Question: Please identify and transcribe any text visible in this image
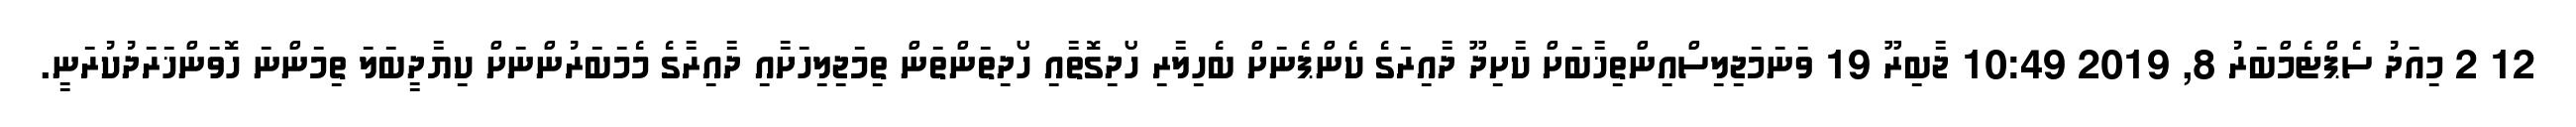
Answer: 12 2 މިއަދު ސެޕްޓެމްބަރު 8, 2019 10:49 ޖާބިރޫ 19 ވަނަމަޖިލިސްއިންތިޚާބަށް ކާށިދޫ ދާއިރަގެ ކެންޕެނަށް ބެހިލާރި ހޯދިގޮތާއި ހޯދިތަންތަން ތިމަޖިލިހަށާއި ދާއިރާގެ މެމަބަރުންނަށް ކިޔާދީބަލަ ތިމަންނަ ހޮވަންޚަރަދުކުރަނީ.